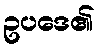
ဥပဒေ၏